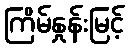
ကြိမ်နှုန်းမြင့်